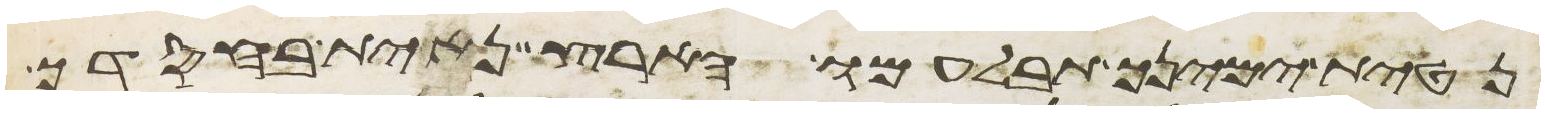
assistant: נטית ימינך תבלעמו הארץ נחית בחסדך